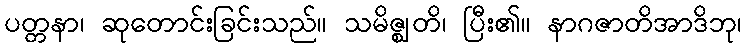
ပတ္တနာ၊ ဆုတောင်းခြင်းသည်။ သမိဇ္ဈတိ၊ ပြီး၏။ နာဂဇာတိအာဒိဘု၊